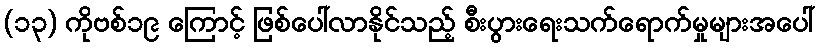
(၁၃) ကိုဗစ်၁၉ ကြောင့် ဖြစ်ပေါ်လာနိုင်သည့် စီးပွားရေးသက်ရောက်မှုများအပေါ်